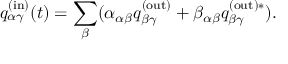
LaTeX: q _ { \alpha \gamma } ^ { \mathrm { ( i n ) } } ( t ) = \sum _ { \beta } ( \alpha _ { \alpha \beta } q _ { \beta \gamma } ^ { \mathrm { ( o u t ) } } + \beta _ { \alpha \beta } q _ { \beta \gamma } ^ { \mathrm { ( o u t ) } \ast } ) .